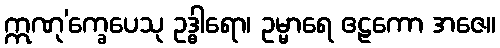
ဣဏု’က္ခေပေသု ဥဒ္ဓါရော၊ ဥမ္မာရေ ဧဠကော အဇေ။